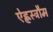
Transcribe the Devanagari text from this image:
ऐह्लस्ट्रौम